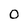
Character: 0